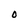
Character: O